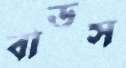
বাডস